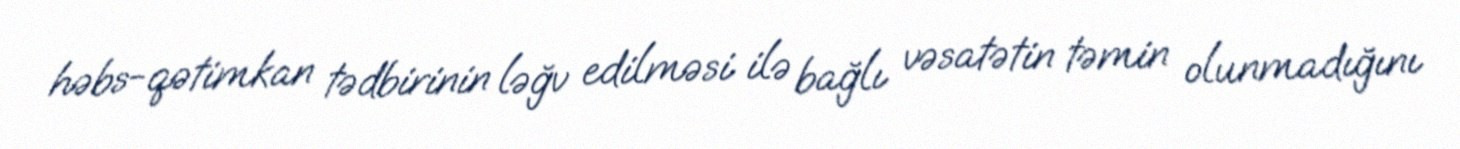
həbs-qətimkan tədbirinin ləğv edilməsi ilə bağlı vəsatətin təmin olunmadığını